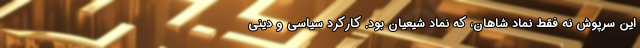
این سرپوش نه فقط نماد شاهان، که نماد شیعیان بود. کارکرد سیاسی و دینی